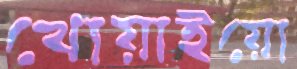
খোয়াইয়ো